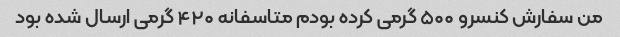
من سفارش کنسرو ۵۰۰ گرمی کرده بودم متاسفانه ۴۲۰ گرمی ارسال شده بود